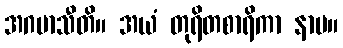
အဂမာသီတိ။ အယံ တုရိတစာရိကာ နာမ။